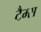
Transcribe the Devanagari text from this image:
टैम्स